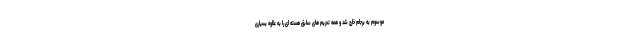
موسوم به برجام خارج شد و همه تحریم های سابق هسته ای را به علاوه بسیاری